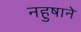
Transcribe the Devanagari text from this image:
नहुषाने